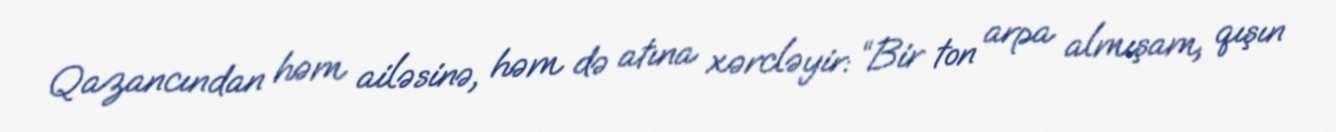
Qazancından həm ailəsinə, həm də atına xərcləyir: “Bir ton arpa almışam, qışın